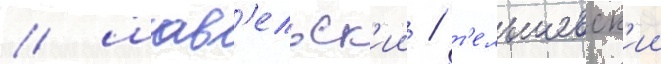
/ шав'ельск'ии / т'ельшевск'ии